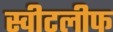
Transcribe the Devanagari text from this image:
स्वीटलीफ